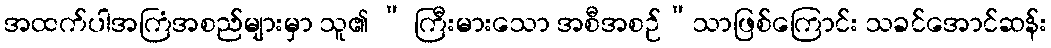
အထက်ပါအကြံအစည်များမှာ သူ၏ “ ကြီးမားသော အစီအစဉ်”သာဖြစ်ကြောင်း သခင်အောင်ဆန်း